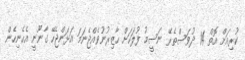
ކުރިއަށް އޮތް 14 ދުވަސްތެރޭ ނަސީމު ފުލަހަށް ހާޒިރުނުވެއްޖެނަމަ އަޅަންޖެހޭ ގާނޫނީ އެހެނިހެން